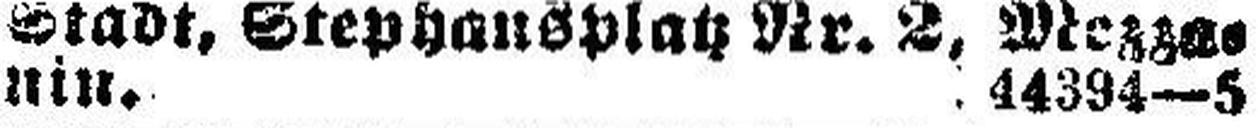
nin. 44394—5